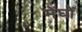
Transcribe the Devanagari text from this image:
मेंघों